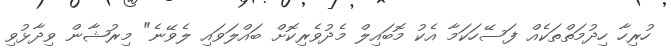
ހުރިހާ ހިދުމަތްތަކެއް ފަސޭހަކަމާ އެކު މޮބައިލް މެދުވެރިކޮށް ބައްލަވައި ލެވޭނެ" މިރުޝާން ވިދާޅުވި